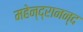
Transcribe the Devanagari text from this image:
महेन्द्रानन्द